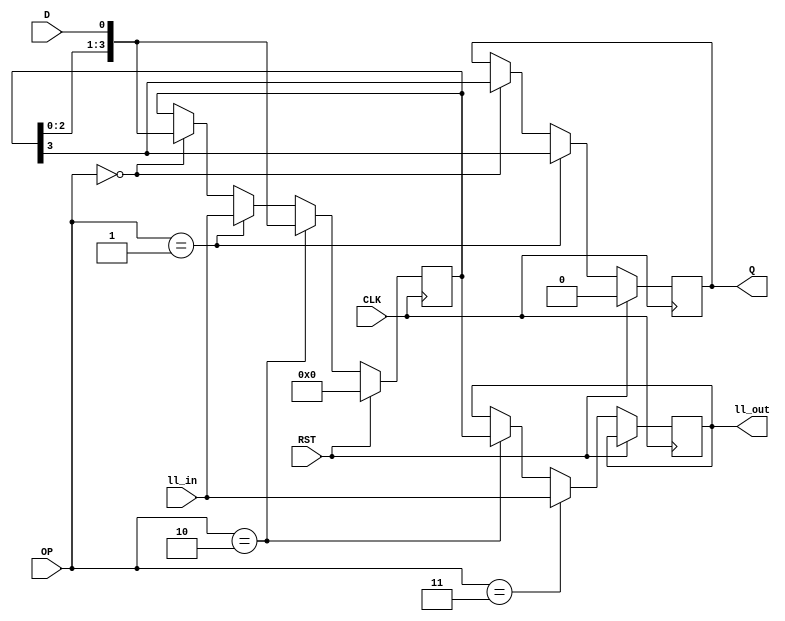
// Behavioural structure of shift_reg
//Mahmoud Mohamed Salah
/* operations
op=0 serial in serial out
op=1 parallel in serial out
op=2 serial in parallel out
op=3 parallel in parallel out
*/

module shift_reg (
D,
Q,
CLK,
RST,
OP,
ll_in,
ll_out,
);
// defining inputs outputs and register signals

input D;
input CLK; 
input RST;
input [1:0] OP;
input [3:0] ll_in;
output Q;
output [3:0] ll_out;
reg [3:0] str_D;
reg Q;
reg [3:0] ll_out;
// behaviour of the structure
always @ ( posedge CLK )
if(~RST)
begin
if(OP==0)
begin
  str_D <= {str_D [2:0],D};
  Q <= str_D[3];
  end
  if (OP==1)
  begin 
  str_D <= ll_in;
    Q <= str_D[3];
	 end
	   if (OP==2)
  begin 
  str_D <= {str_D [2:0],D};
    ll_out <= str_D;
	 end
	 	 if (OP==3)
  begin 
  ll_out <= ll_in;
	 end
end
else if (RST)
begin
str_D <=4'b0;
Q <= 1'b0;
end
endmodule